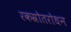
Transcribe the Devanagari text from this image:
रकस्रोतरोधन